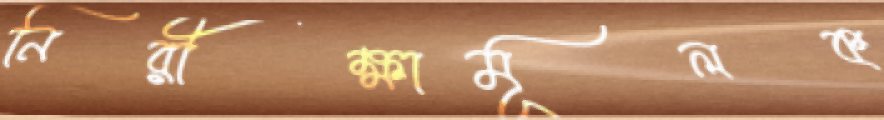
নিরীক্ষামূলক